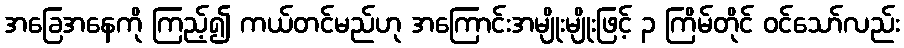
အခြေအနေကို ကြည့်၍ ကယ်တင်မည်ဟု အကြောင်းအမျိုးမျိုးဖြင့် ၃ ကြိမ်တိုင် ဝင်သော်လည်း